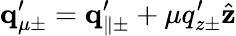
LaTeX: {\mathbf q}_{\mu\pm}^{\prime}={\mathbf q}_{\parallel\pm}^{\prime}+\mu q_{z\pm}^{\prime}\hat{\mathbf z}